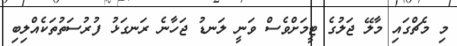
މި މެޗްގައި މާލޭ ޖަލުގެ ޓީމަށްވެސް ވަނީ ލަނޑު ޖަހާނެ ރަނގަޅު ފުރުސަތުތަކެއްލިބި